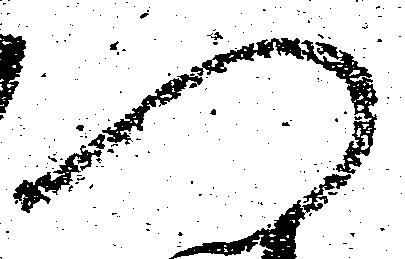
つ